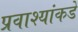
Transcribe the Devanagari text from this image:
प्रवाश्यांकडे